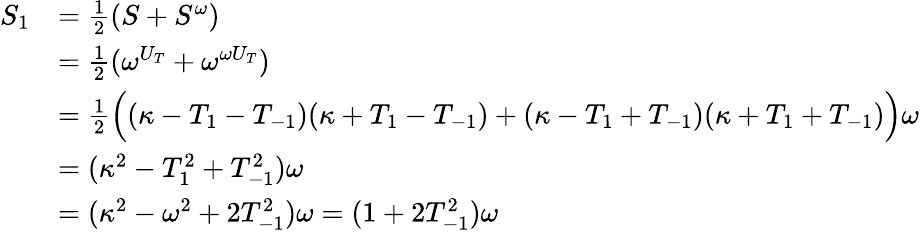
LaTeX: \begin{array}{rl}{S_{1}}&{=\frac{1}{2}(S+S^{\omega})}\\ &{=\frac{1}{2}(\omega^{U_{T}}+\omega^{\omega U_{T}})}\\ &{=\frac{1}{2}\Big((\kappa-T_{1}-T_{-1})(\kappa+T_{1}-T_{-1})+(\kappa-T_{1}+T_{-1})(\kappa+T_{1}+T_{-1})\Big)\omega}\\ &{=(\kappa^{2}-T_{1}^{2}+T_{-1}^{2})\omega}\\ &{=(\kappa^{2}-\omega^{2}+2T_{-1}^{2})\omega=(1+2T_{-1}^{2})\omega}\end{array}